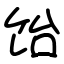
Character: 饴